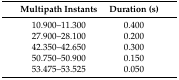
| Multipath Instants | Duration (s) |
 | --- | --- |
 | 10.900–11.300 | 0.400 |
 | 27.900–28.100 | 0.200 |
 | 42.350–42.650 | 0.300 |
 | 50.750–50.900 | 0.150 |
 | 53.475–53.525 | 0.050 |